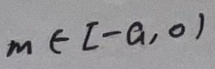
$m \in [ - a, 0 )$